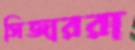
সিজাররা